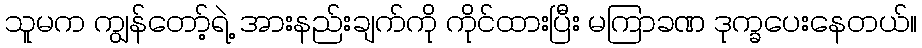
သူမက ကျွန်တော့်ရဲ့ အားနည်းချက်ကို ကိုင်ထားပြီး မကြာခဏ ဒုက္ခပေးနေတယ်။